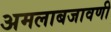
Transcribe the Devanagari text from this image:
अमलाबजावणी